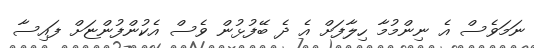
ނަމަވެސް އެ ނިންމުމާ ހިލާފަށް އެ ދެ ބޭފުޅުން ވެސް އެކުންފުންޏަށް ފައިސާ